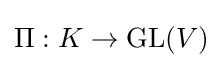
\Pi :K\to \operatorname {GL} (V)